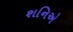
શનિએ